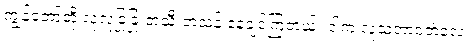
ကျွန်တော်တို့ လုံလုံခြုံခြုံ တသီးတသန့် နေချင်ကြတယ်။ ဒါက လူ့သဘာဝဘဲလေ။